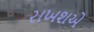
રાખશએ